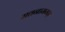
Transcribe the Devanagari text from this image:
सतनामगढ़